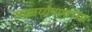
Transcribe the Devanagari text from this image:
लढवय्येपणाच्या